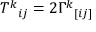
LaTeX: T ^ { k } { } _ { i j } = 2 \Gamma ^ { k } { } _ { [ i j ] }